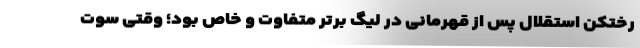
رختکن استقلال پس از قهرمانی در لیگ برتر متفاوت و خاص بود؛ وقتی سوت